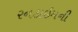
રનટાઇમની